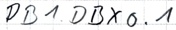
Text: DB1.DBX0.1